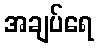
အချပ်ရေ